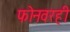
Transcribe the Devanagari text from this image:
फोनवरही